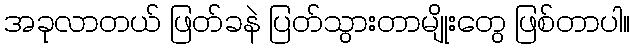
အခုလာတယ် ဖြတ်ခနဲ ပြတ်သွားတာမျိုးတွေ ဖြစ်တာပါ။